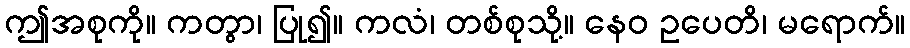
ဤအစုကို။ ကတွာ၊ ပြု၍။ ကလံ၊ တစ်စုသို့။ နေဝ ဥပေတိ၊ မရောက်။